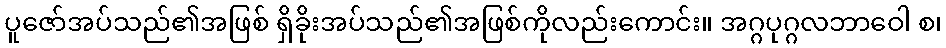
ပူဇော်အပ်သည်၏အဖြစ် ရှိခိုးအပ်သည်၏အဖြစ်ကိုလည်းကောင်း။ အဂ္ဂပုဂ္ဂလဘာဝေါ စ၊